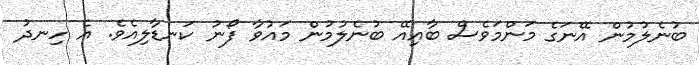
ބުނެލުމުން އޭނަގެ މަންމަވެސް ބާއިއޭ ބުނެލުމުން މައުވާ ފޯނު ކަނޑާލިއެވެ. އެ ހިނދު